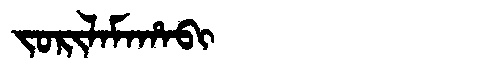
Manchu: ᠵᠣᡵᡳᠯᠠᠮᠠᡥᠠᠪᡳ
Romanization: JORILAMAHABI